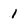
Character: 1